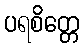
ပရစိတ္တေ